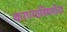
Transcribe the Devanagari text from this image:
करण्याविषयीचा